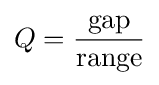
Q={\frac {\text{gap}}{\text{range}}}